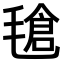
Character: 𣯙